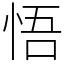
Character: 悟